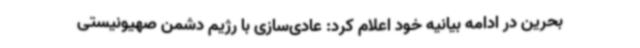
بحرین در ادامه بیانیه خود اعلام کرد: عادی‌سازی با رژیم دشمن صهیونیستی